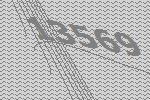
13569